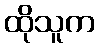
ထိုသူက